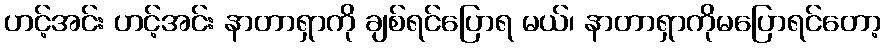
ဟင့်အင်း ဟင့်အင်း နာတာရှာကို ချစ်ရင်ပြောရ မယ်၊ နာတာရှာကိုမပြောရင်တော့